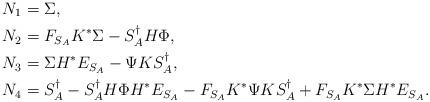
LaTeX: \begin{align*}N_{1}&=\Sigma,\\ N_{2}&=F_{S_{A}}K^{\ast}\Sigma-S_{A}^{\dagger}H\Phi,\\ N_{3}&=\Sigma H^{\ast}E_{S_{A}}-\Psi KS_{A}^{\dagger},\\N_{4}&=S_{A}^{\dagger}-S_{A}^{\dagger}H\Phi H^{\ast}E_{S_{A}}-F_{S_{A}}K^{\ast}\Psi KS_{A}^{\dagger}+F_{S_{A}}K^{\ast}\Sigma H^{\ast}E_{S_{A}}.\end{align*}